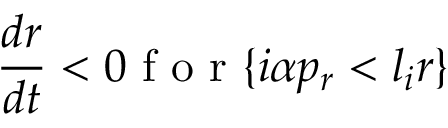
\frac { d r } { d t } < 0 \mathrm { ~ f ~ o ~ r ~ } \{ i \alpha p _ { r } < l _ { i } r \}